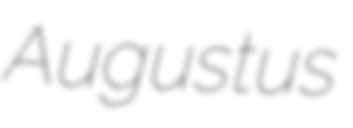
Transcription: Augustus